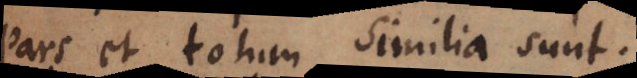
Pars et totum similia sunt.